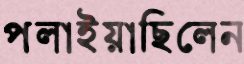
পলাইয়াছিলেন